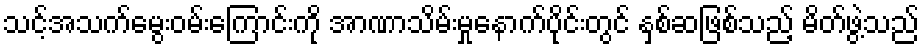
သင့်အသက်မွေးဝမ်းကြောင်းကို အာဏာသိမ်းမှုနောက်ပိုင်းတွင် နှစ်ဆဖြစ်သည့် မိတ်ဖွဲ့သည်